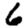
Digit: 6